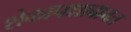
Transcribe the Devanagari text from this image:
शेकापक्षाबाबत